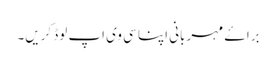
براۓ مہربانی اپنا سی وی اپ لوڈ کریں۔